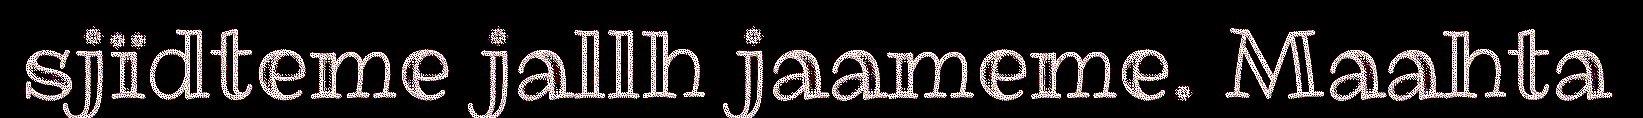
sjïdteme jallh jaameme. Maahta